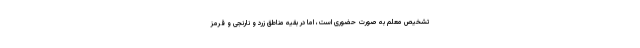
تشخیص معلم به صورت حضوری است، اما در بقیه مناطق زرد و نارنجی و قرمز